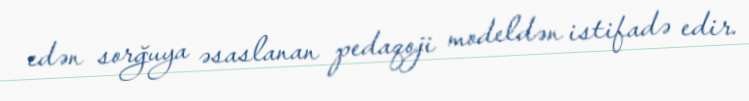
edən sorğuya əsaslanan pedaqoji modeldən istifadə edir.